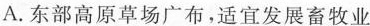
A.东部高原草场广布，适宜发展畜牧业